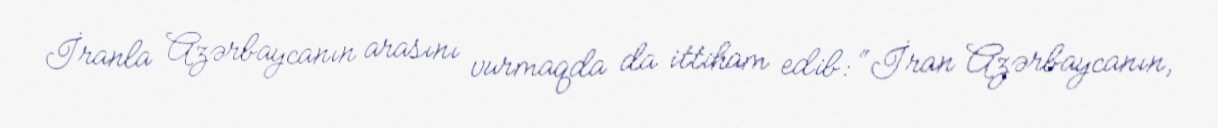
İranla Azərbaycanın arasını vurmaqda da ittiham edib: “İran Azərbaycanın,